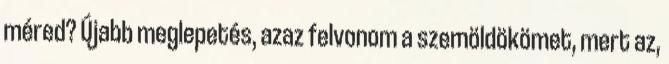
méred? Újabb meglepetés, azaz felvonom a szemöldökömet, mert az,